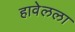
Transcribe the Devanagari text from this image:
हावेलला